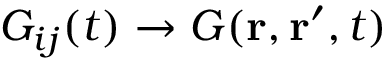
G _ { i j } ( t ) \rightarrow G ( \mathbf { r } , \mathbf { r } ^ { \prime } , t )